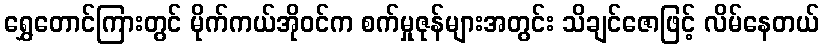
ရွှေတောင်ကြားတွင် မိုက်ကယ်အိုဝင်က စက်မှုဇုန်များအတွင်း သိချင်ဇောဖြင့် လိမ်နေတယ်